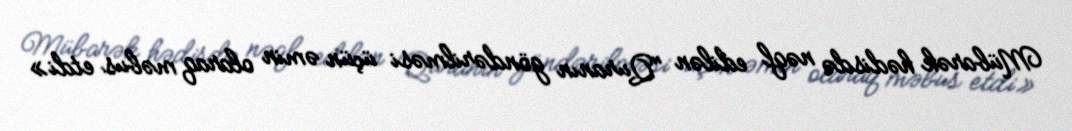
Mübarək hədisdə nəql edilən "Quranın göndərilməsi üçün əmin olaraq məbus etdi»